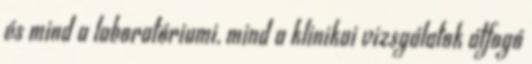
és mind a laboratóriumi, mind a klinikai vizsgálatok átfogó